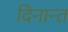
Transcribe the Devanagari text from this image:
दिनान्त